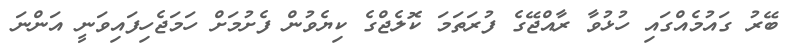
ބޭރު ގައުމެއްގައި ހުޅުވާ ރާއްޖޭގެ ފުރަތަމަ ކޮލެޖްގެ ކިޔެވުން ފެށުމަށް ހަމަޖެހިފައިވަނީ އަންނަ